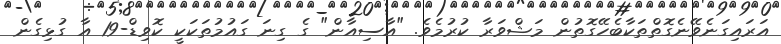
އަރައިގަނެވޭނެގޮތްތަކާބެހޭގޮތުން މަޝްވަރާ ކުރުމެވެ. "އާސިއާން" ގެ ގިނަ ގައުމުތަކަކީ ކޮވިޑް-19 އާ ގުޅިގެން